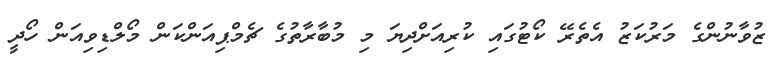
ޒުވާނުންގެ މަރުކަޒު އެތެރޭ ކޯޓުގައި ކުރިއަށްދިޔަ މި މުބާރާތުގެ ޗެމްޕިއަންކަން މޯލްޑިވިއަން ހޯދީ